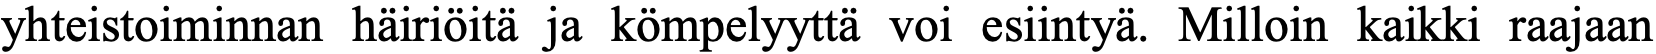
yhteistoiminnan häiriöitä ja kömpelyyttä voi esiintyä. Milloin kaikki raajaan